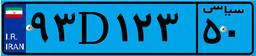
۱۷D۵۳۸۲۴